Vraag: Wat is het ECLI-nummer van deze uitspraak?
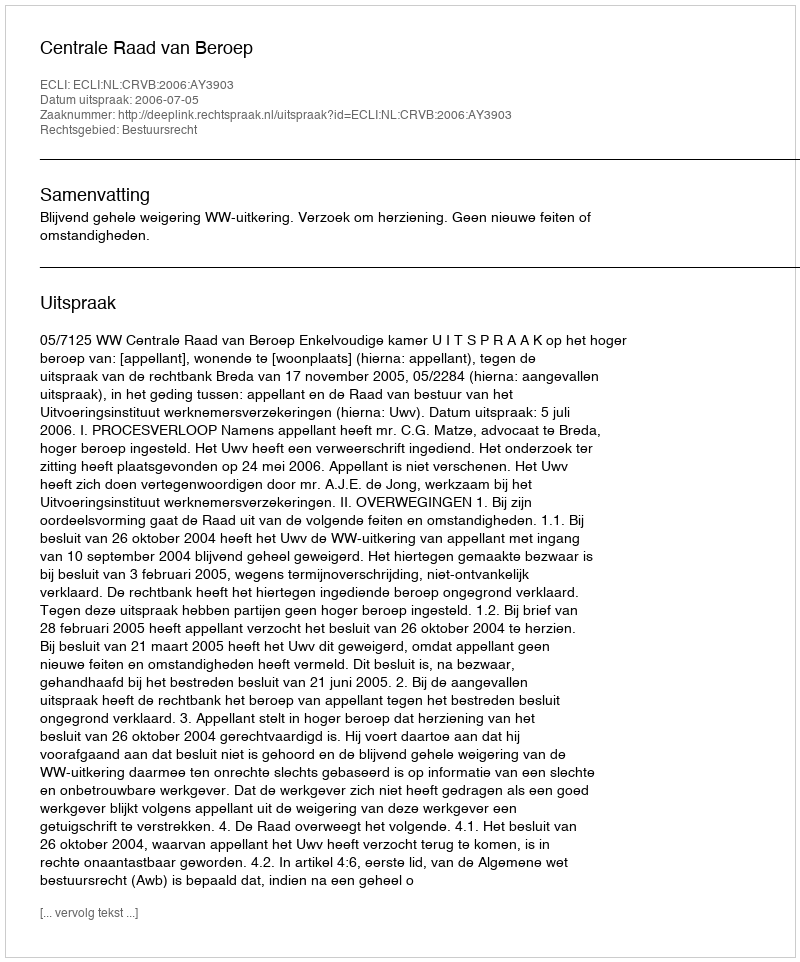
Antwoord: ECLI:NL:CRVB:2006:AY3903